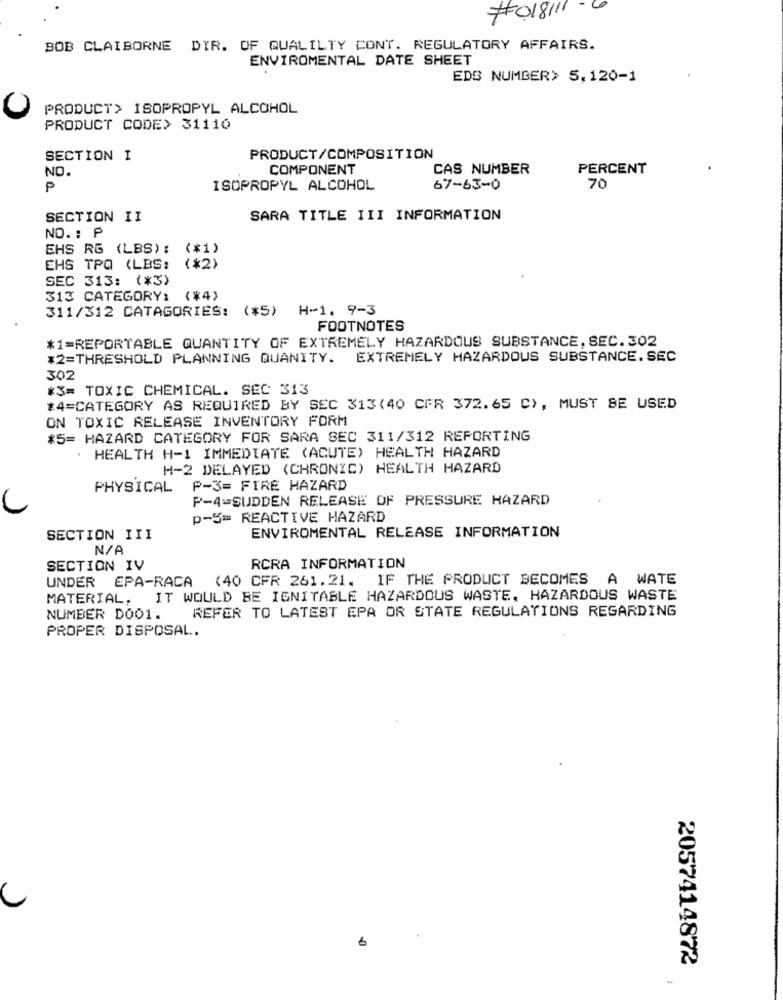
#018111 - 6
BOB CLAIBORNE DIR. OF QUALILTY CONT. REGULATORY AFFAIRS.
ENVIROMENTAL DATE SHEET
EDS NUMBER> 5,120-1
PRODUCT> ISOPROPYL ALCOHOL
PRODUCT CODE> 31110
SECTION I
PRODUCT/COMPOSITION
COMPONENT
CAS NUMBER
PERCENT
NO.
P
ISOPROPYL ALCOHOL
67-63-0
70
SECTION II
SARA TITLE III INFORMATION
NO. : P
EHS RG (LBS): (*1)
EHS TPQ (LBS:
(*2)
SEC 313: (*3)
313 CATEGORY: (*4)
311/312 CATAGORIES: (*5) H-1. 9-3
FOOTNOTES
*1=REPORTABLE QUANTITY OF EXTREMELY HAZARDOUS SUBSTANCE, SEC.302
*2=THRESHOLD PLANNING QUANITY.
EXTREMELY HAZARDOUS SUBSTANCE. SEC
302
*3= TOXIC CHEMICAL. SEC 313
*4=CATEGORY AS REQUIRED BY SEC 313(40 CFR 372.65 C), MUST BE USED
ON TOXIC RELEASE INVENTORY FORM
*5= HAZARD CATEGORY FOR SARA SEC 311/312 REPORTING
HEALTH H-1 IMMEDIATE (ACUTE) HEALTH HAZARD
H-2 DELAYED (CHRONIC) HEALTH HAZARD
PHYSICAL
P-3= FIRE HAZARD
P-4=SUDDEN RELEASE OF PRESSURE HAZARD
p-5= REACTIVE HAZARD
ENVIROMENTAL RELEASE INFORMATION
SECTION III
SECTION IV
RCRA INFORMATION
UNDER EPA-RACA (40 CFR 261.21. IF THE PRODUCT BECOMES A WATE
MATERIAL. IT WOULD BE IGNITABLE HAZARDOUS WASTE, HAZARDOUS WASTE
REFER TO LATEST EPA OR STATE REGULATIONS REGARDING
NUMBER DO01.
PROPER DISPOSAL.
C
2057414872